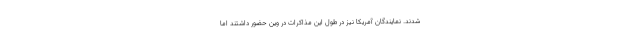
شدند. نمایندگان آمریکا نیز در طول این مذاکرات در وین حضور داشتند اما